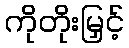
ကိုတိုးမြှင့်